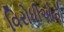
વિરોધીઓનો